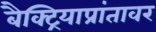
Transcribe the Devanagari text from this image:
बैक्ट्रियाप्रांतावर